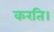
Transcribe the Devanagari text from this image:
करति।